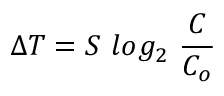
\Delta T = S { \ } l o g _ { 2 } { \ } { \frac { C } { C _ { o } } }